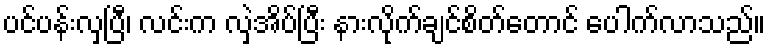
ပင်ပန်းလှပြီ၊ လင်းက လှဲအိပ်ပြီး နားလိုက်ချင်စိတ်တောင် ပေါက်လာသည်။